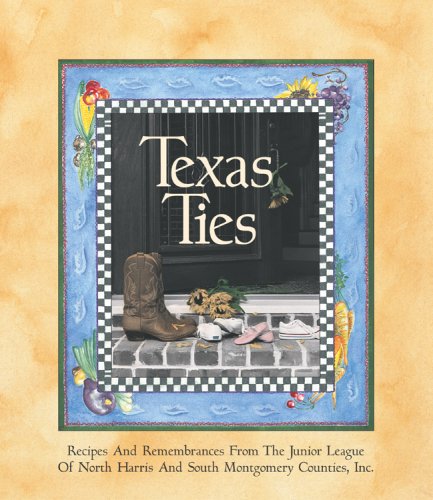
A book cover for Texas Ties: Recipes and Remembrances; Junior League of North Harris County; Cookbooks, Food & Wine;